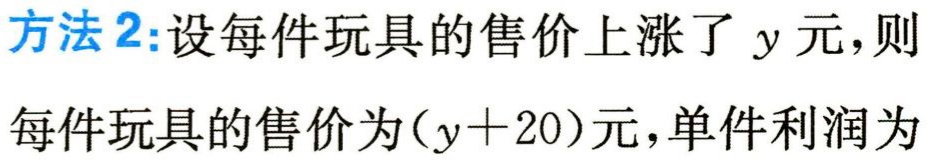
方法2:设每件玩具的售价上涨了\(y\)元,则

每件玩具的售价为\((y + 20)\)元,单件利润为